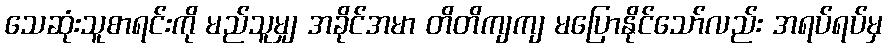
သေဆုံးသူစာရင်းကို မည်သူမျှ အခိုင်အမာ တိတိကျကျ မပြောနိုင်သော်လည်း အရပ်ရပ်မှ